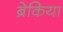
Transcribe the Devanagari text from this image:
ब्रेकिया